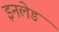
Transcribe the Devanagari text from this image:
इनलेड